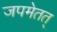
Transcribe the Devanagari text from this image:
जपमेतत्